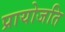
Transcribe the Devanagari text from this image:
प्रायोजति